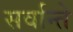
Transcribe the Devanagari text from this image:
सर्वान्ते